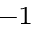
^ { - 1 }